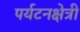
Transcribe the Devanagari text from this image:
पर्यटनक्षेत्री